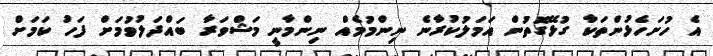
އެ ހުށަހެޅުންތަކާ ގުޅޭގޮތުން އަމަލުކުރާނެ ނިންމުމެއް ނިންމާނީ މަޝްވަރާ ބައްދަލުވުމަށް ފަހު ކަމަށް